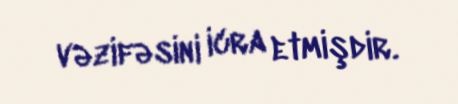
vəzifəsini icra etmişdir.